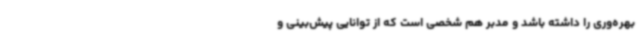
بهره‌وری را داشته باشد و مدبر هم شخصی است که از توانایی پیش‌بینی و